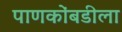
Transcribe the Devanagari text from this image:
पाणकोंबडीला